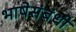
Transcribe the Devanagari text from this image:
भाषेसंबंधी